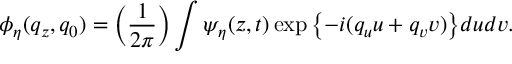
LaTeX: \phi _ { \eta } ( q _ { z } , q _ { 0 } ) = \left( { \frac { 1 } { 2 \pi } } \right) \int \psi _ { \eta } ( z , t ) \exp { \left\{ - i ( q _ { u } u + q _ { v } v ) \right\} } d u d v .